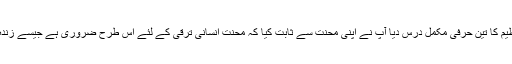
آپ نے اتحاد ،یقین اور تنظیم کا تین حرفی مکمل درس دیا آپ نے اپنی محنت سے ثابت کیا کہ محنت انسانی ترقی کے لئے اس طرح ضروری ہے جیسے زندہ رہنے کے لئے خوراک ۔